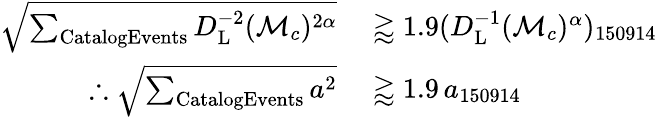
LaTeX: \begin{array}{rl}{\sqrt{\sum_{\mathrm{{CatalogEvents}}}D_{\mathrm{{L}}}^{-2}(\mathcal{M}_{c})^{2\alpha}}}&{{}\gtrapprox 1.9(D_{\mathrm{{L}}}^{-1}(\mathcal{M}_{c})^{\alpha})_{150914}}\\ {\therefore\sqrt{\sum_{\mathrm{{CatalogEvents}}}a^{2}}}&{{}\gtrapprox 1.9\, a_{150914}}\end{array}